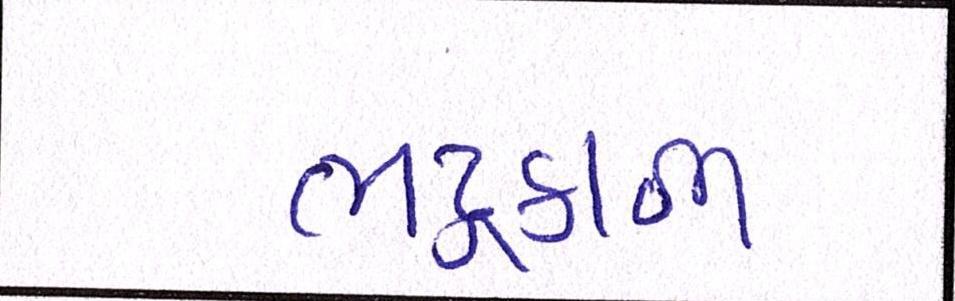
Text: ભદ્રકાળી